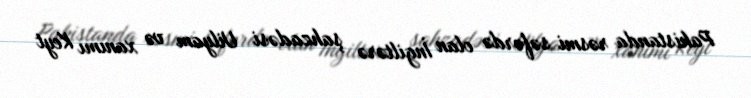
Pakistanda rəsmi səfərdə olan İngiltərə şahzadəsi Uilyam və xanımı Keyt